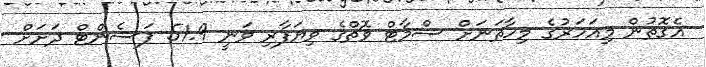
އެގޮތުން މިއަހަރުގެ މިހާތަނަށް ސްމާޓް ވޮޗްގެ ވިޔަފާރި ވަނީ 51.9 ޕަސެންޓް ދަށަށް